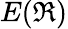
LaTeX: E(\mathfrak{R})